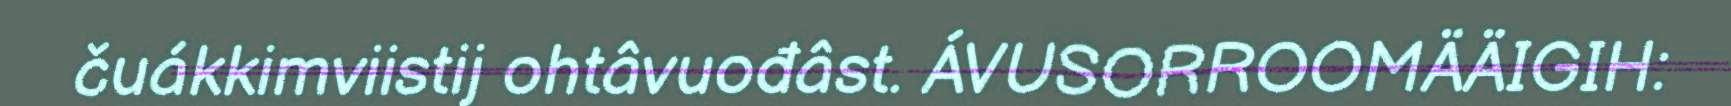
čuákkimviistij ohtâvuođâst. ÁVUSORROOMÄÄIGIH: